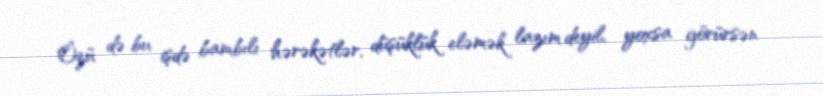
Özü də bu işdə bambılı hərəkətlər, düşüklük eləmək lazım deyil, yoxsa görürsən